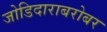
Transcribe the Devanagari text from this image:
जोडिदाराबरोबर